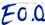
Text: E0.0